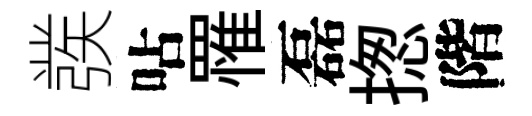
彂呫罹磊揔階